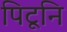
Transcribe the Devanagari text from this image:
पिटूनि